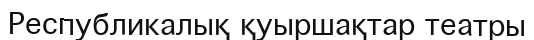
Республикалық қуыршақтар театры